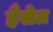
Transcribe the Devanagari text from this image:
हैसेल